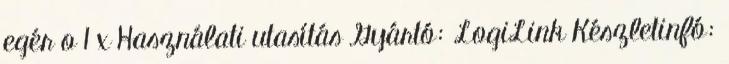
egér o 1 x Használati utasítás Gyártó: LogiLink Készletinfó: